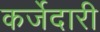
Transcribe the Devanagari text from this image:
कर्जेदारी